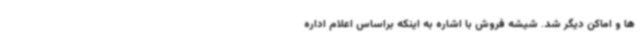
ها و اماکن دیگر شد. شیشه فروش با اشاره به اینکه براساس اعلام اداره